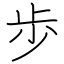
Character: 歩